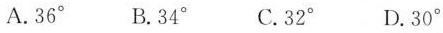
A.36° B.34° C.32° D.30°